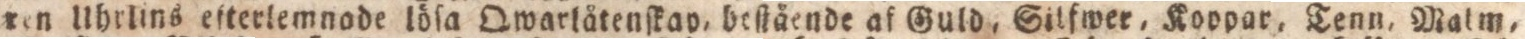
ren llhrlins efterlemnode löſa Owarlåtenſkav, beſtående af Guld, Silfwer, Koppar, Tenn, Malm,